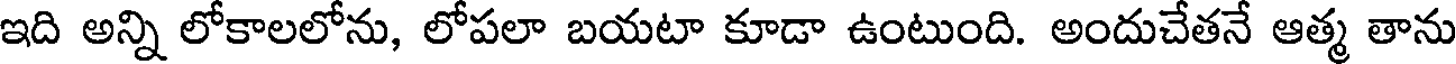
ఇది అన్ని లోకాలలోను, లోపలా బయటా కూడా ఉంటుంది. అందుచేతనే ఆత్మ తాను